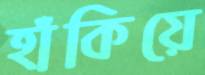
হাঁকিয়ে